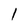
Character: 1